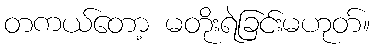
တကယ်တော့ မတိုးရဲခြင်းမဟုတ်။